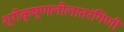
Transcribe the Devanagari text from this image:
श्रीकृष्णलीलातरंगिणी